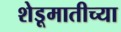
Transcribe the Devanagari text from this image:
शेडूमातीच्या